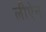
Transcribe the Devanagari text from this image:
लीऐन